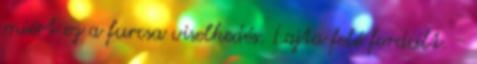
miért ez a furcsa viselkedés. Lajta felé fordult. -